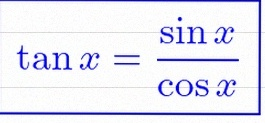
\tan x=\frac{\sin x}{\cos x}